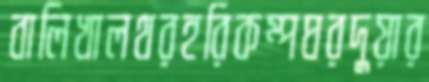
বালিখালথরহরিকম্পঘরদুয়ার